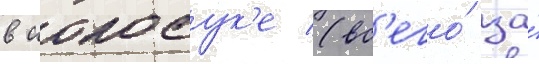
в иокосук'е (вс'его́ за́